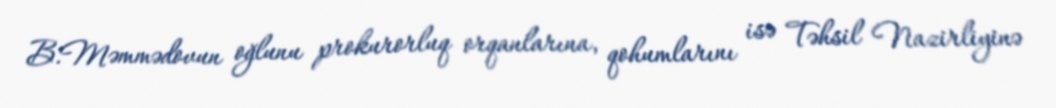
B.Məmmədovun oğlunu prokurorluq orqanlarına, qohumlarını isə Təhsil Nazirliyinə